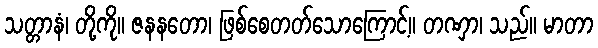
သတ္တာနံ၊ တို့ကို။ ဇနနတော၊ ဖြစ်စေတတ်သောကြောင့်။ တဏှာ၊ သည်။ မာတာ